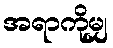
အရာကိုမျှ